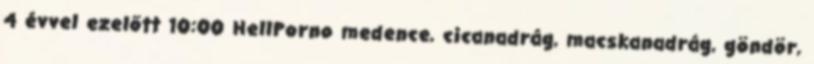
4 évvel ezelőtt 10:00 HellPorno medence, cicanadrág, macskanadrág, göndör,